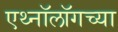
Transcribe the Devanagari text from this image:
एथ्नॉलॉगच्या